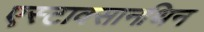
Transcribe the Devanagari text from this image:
एस्टाक्सानथिन